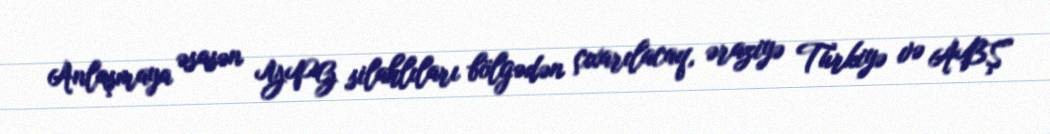
Anlaşmaya əsasən YPG silahlıları bölgədən çıxarılacaq, əraziyə Türkiyə və ABŞ